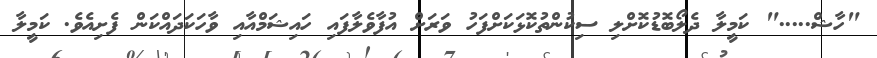
"ހާޝް....." ކަމީލާ ދެލޯބޮޑުކޮށްލި ސިކުންތުކޮޅަކަށްފަހު ވަރަށް އުފާވެލާފައި ހައިޝަމްއާއި ވާހަކަދައްކަން ފެށިއެވެ. ކަމީލާ